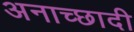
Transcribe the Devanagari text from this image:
अनाच्छादी